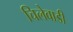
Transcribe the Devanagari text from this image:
चिलेवाडी